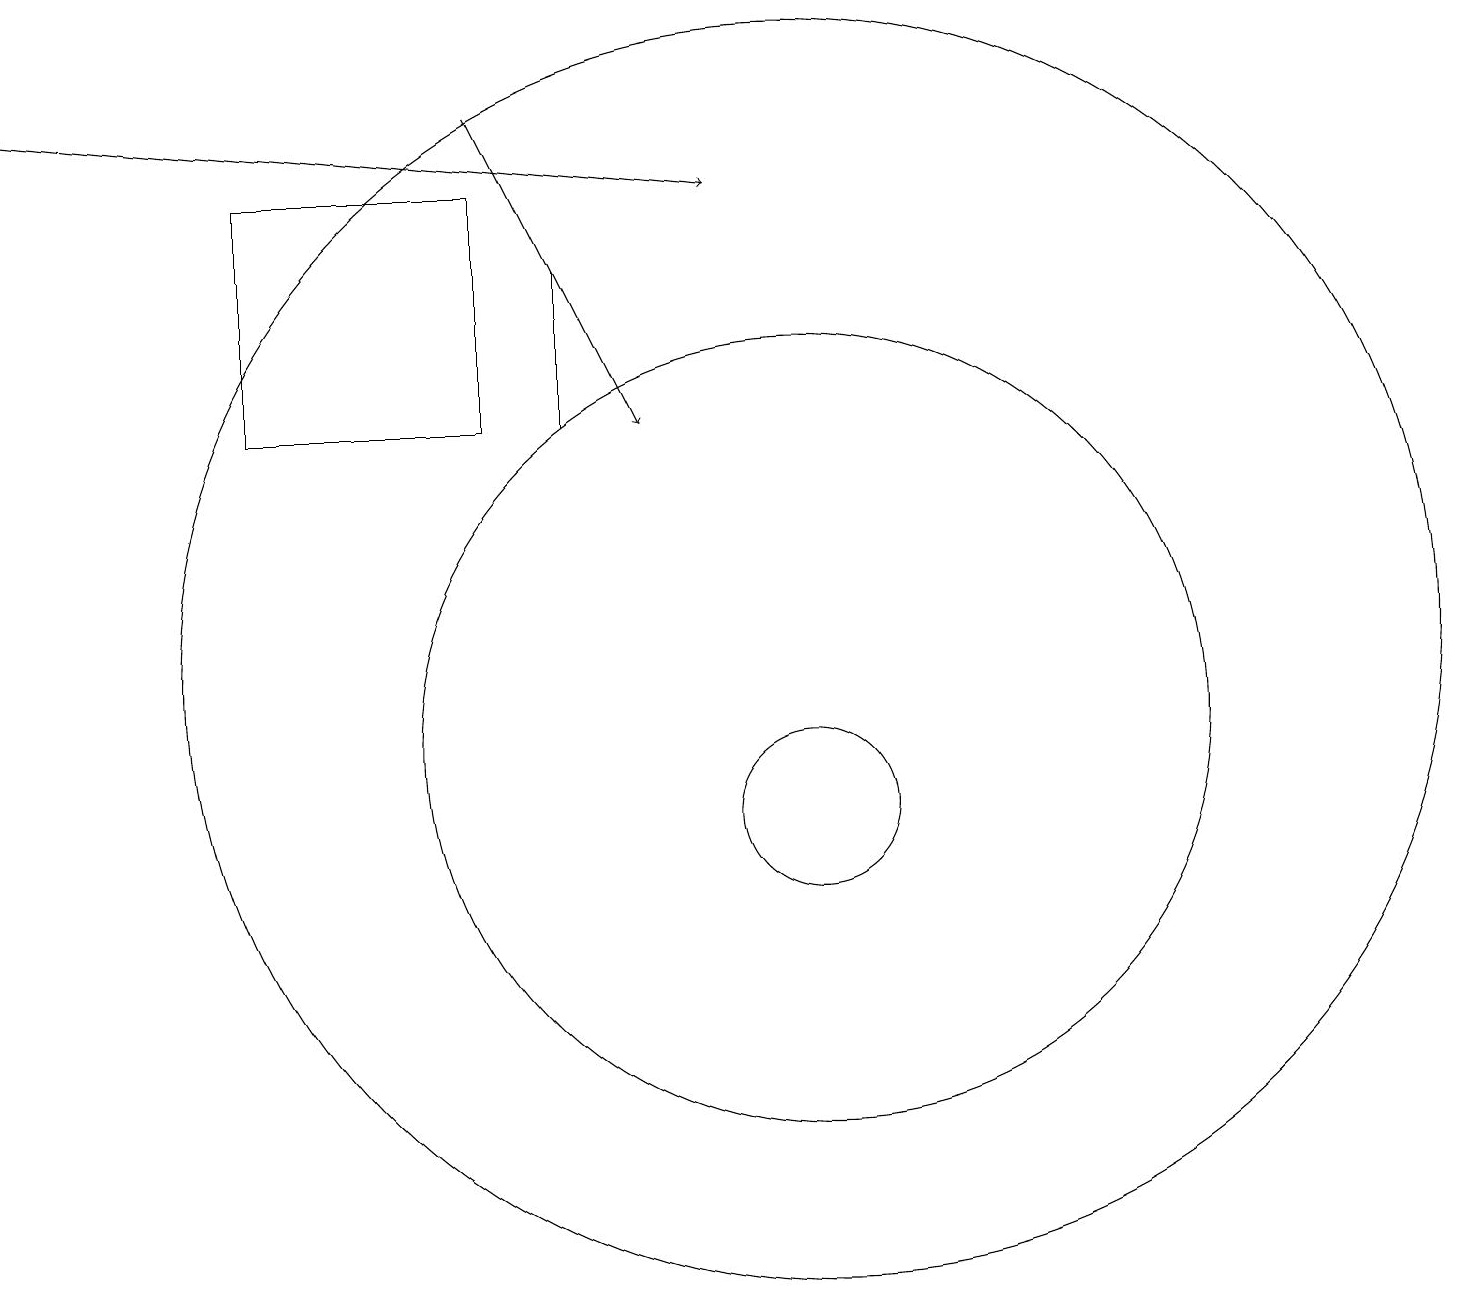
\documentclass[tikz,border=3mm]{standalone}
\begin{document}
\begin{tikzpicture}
\draw (10,12) circle (8);
\draw[->] (0,19) -- (9,18);
\draw[->] (6,19) -- (8,15);
\draw (7,17) rectangle (7,15);
\draw (10,11) circle (5);
\draw (6,18) rectangle (3,15);
\draw (10,10) circle (1);
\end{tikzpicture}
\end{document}